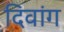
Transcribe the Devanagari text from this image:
दिवांग